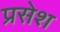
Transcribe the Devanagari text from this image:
प्रसेश